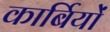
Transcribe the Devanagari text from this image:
कार्बियों